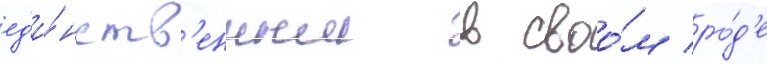
ед'и́нств'енным в своо́м ро́д'е